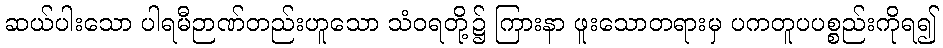
ဆယ်ပါးသော ပါရမီဉာဏ်တည်းဟူသော သံဝရတို့၌ ကြားနာ ဖူးသောတရားမှ ပကတူပပစ္စည်းကိုရ၍